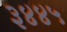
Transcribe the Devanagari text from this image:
३४४५